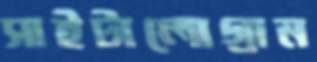
সাইটালোগ্রাম